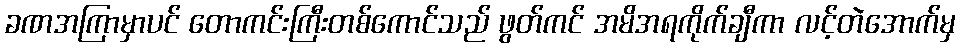
ခဏအကြာမှာပင် တောကင်းကြီးတစ်ကောင်သည် ဖွတ်ကင် အမိအရကိုက်ချီကာ လင့်တဲအောက်မှ